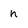
Character: h